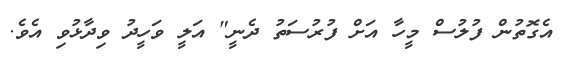
އެގޮތުން ފުލުސް މީހާ އަށް ފުރުސަތު ދެނީ" އަލީ ވަހީދު ވިދާޅުވި އެވެ.